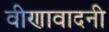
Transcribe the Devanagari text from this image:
वीणावादनी